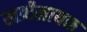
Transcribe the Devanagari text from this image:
खत्रीलायक